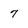
Character: 7